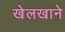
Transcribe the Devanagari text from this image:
खेलखाने